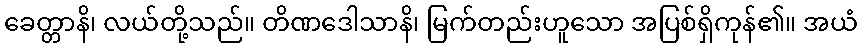
ခေတ္တာနိ၊ လယ်တို့သည်။ တိဏဒေါသာနိ၊ မြက်တည်းဟူသော အပြစ်ရှိကုန်၏။ အယံ